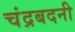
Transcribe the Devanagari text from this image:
चंद्रबदनी